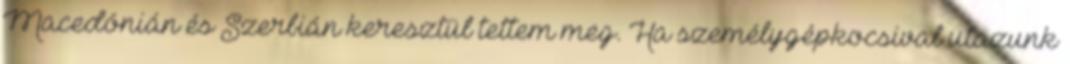
Macedónián és Szerbián keresztül tettem meg. Ha személygépkocsival utazunk